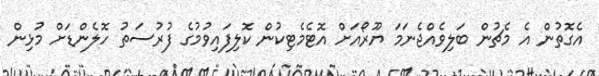
އެގޮތުން އެ މެޗުން ބަލިވެއްޖެނަމަ ޔޫރޯއަށް އޮޓެމެޓިކުން ކޮލިފައިވުމުގެ ފުރުސަތު ހޮލެންޑަށް މުޅިން